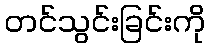
တင်သွင်းခြင်းကို